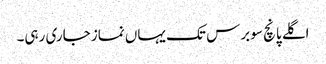
اگلے پانچ سو برس تک یہاں نماز جاری رہی۔